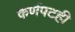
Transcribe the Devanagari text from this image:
कर्णपटही